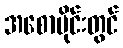
အစောပိုင်းတွင်